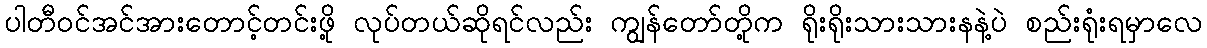
ပါတီဝင်အင်အားတောင့်တင်းဖို့ လုပ်တယ်ဆိုရင်လည်း ကျွန်တော်တို့က ရိုးရိုးသားသားနနဲ့ပဲ စည်းရုံးရမှာလေ